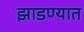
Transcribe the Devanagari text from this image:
झाडण्यात